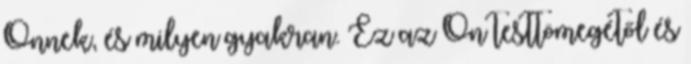
Önnek, és milyen gyakran. Ez az Ön testtömegétől és